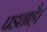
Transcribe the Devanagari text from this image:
पडताहै।